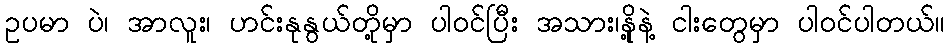
ဥပမာ ပဲ၊ အာလူး၊ ဟင်းနုနွယ်တို့မှာ ပါဝင်ပြီး အသား၊နို့နဲ့ ငါးတွေမှာ ပါဝင်ပါတယ်။